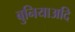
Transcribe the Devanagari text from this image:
बुनियाअदि